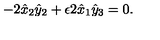
- 2 \hat { x } _ { 2 } \hat { y } _ { 2 } + \epsilon 2 \hat { x } _ { 1 } \hat { y } _ { 3 } = 0 .